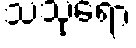
သသုရော